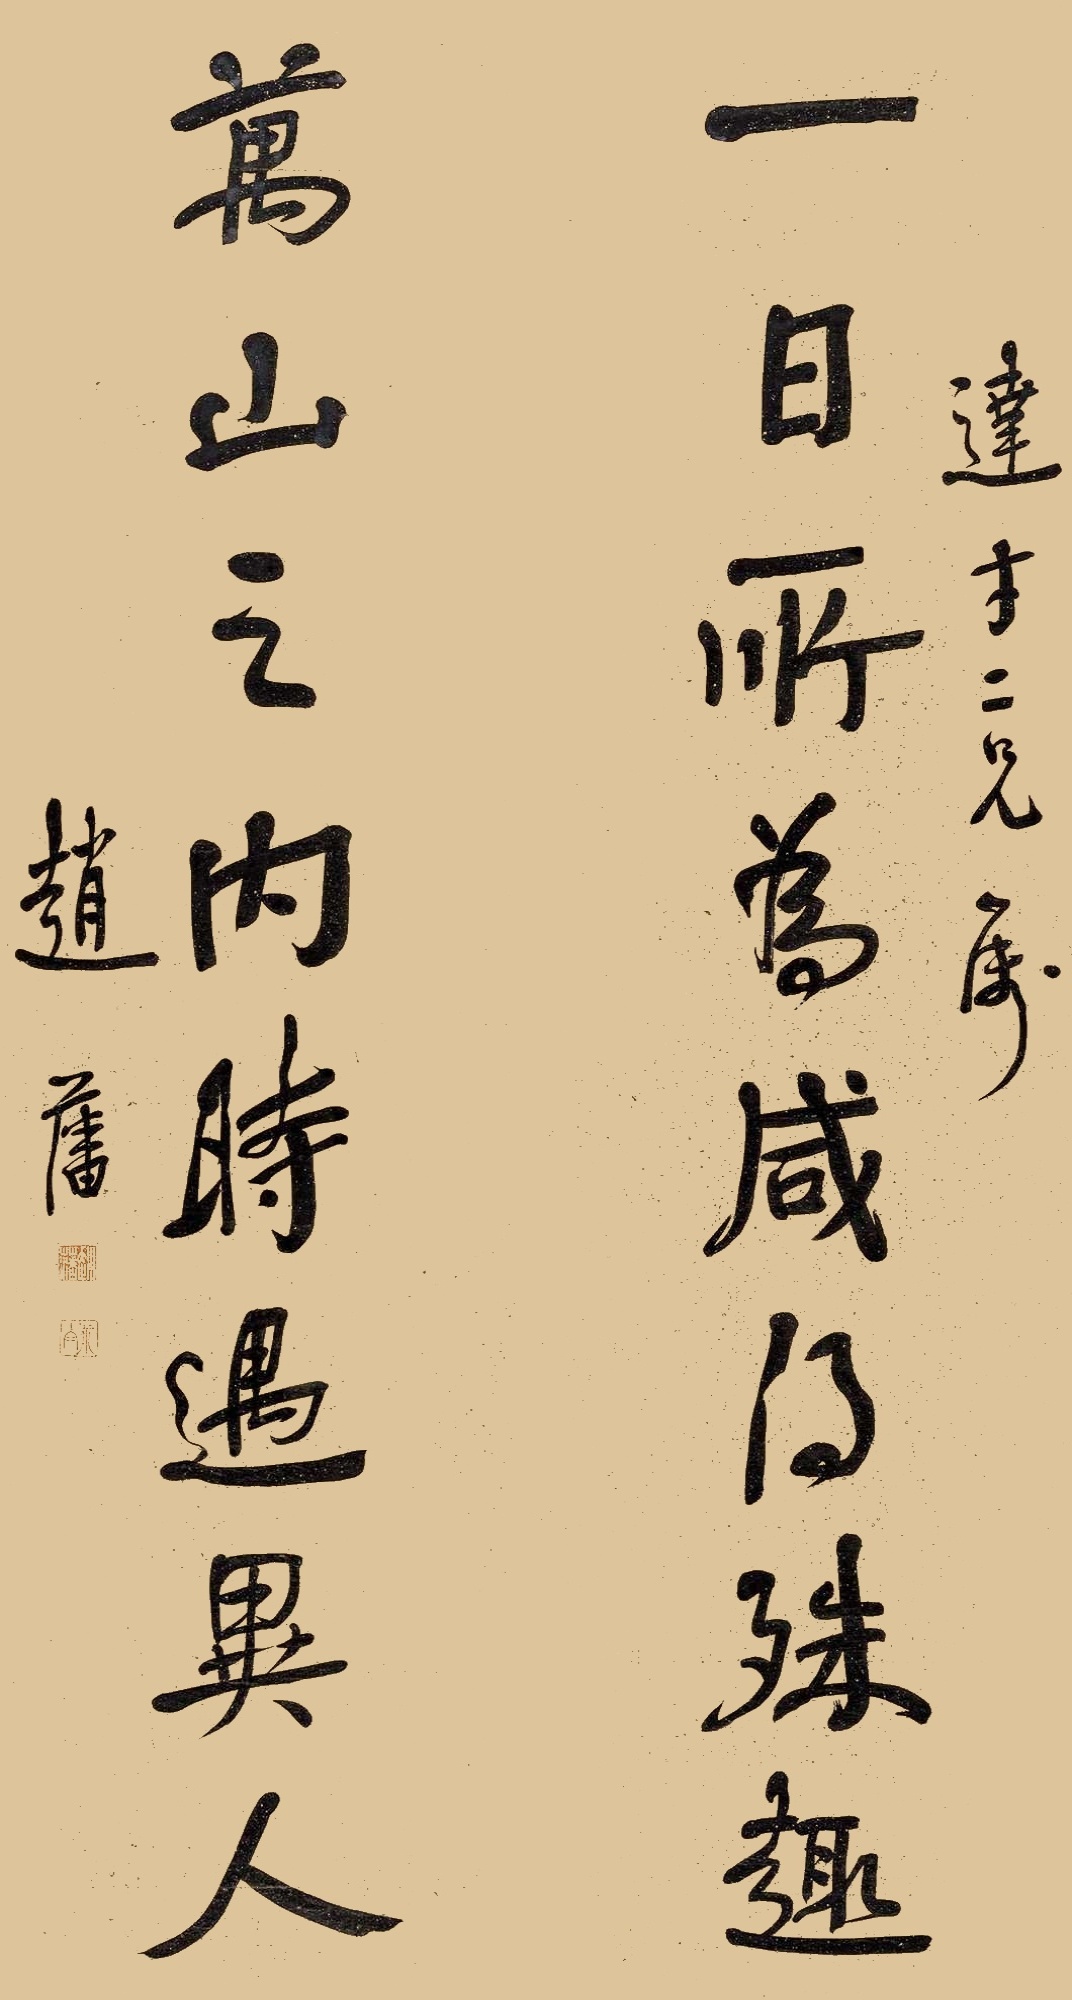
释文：一日所为咸得殊趣，万山之内时遇异人。达才二兄属，赵藩。